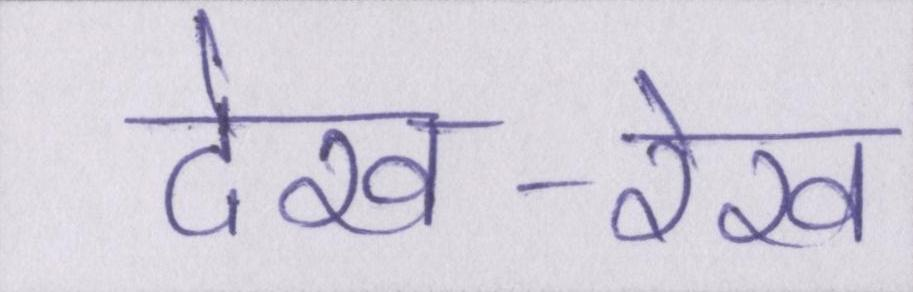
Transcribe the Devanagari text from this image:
देख-रेख